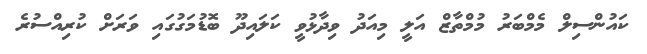
ކައުންސިލް މެމްބަރު މުމްތާޒް އަލީ މިއަދު ވިދާޅުވީ ކަލައިދޫ ބޮޑުމަގުގައި ވަރަށް ކުރިއްސުރެ